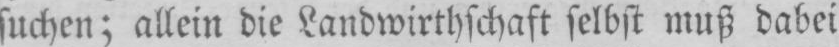
suchen; allein die Landwirthschaft selbst muß dabei